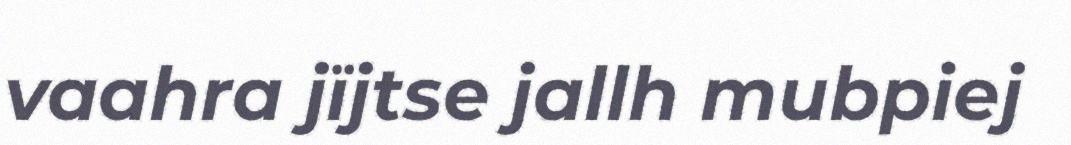
vaahra jïjtse jallh mubpiej